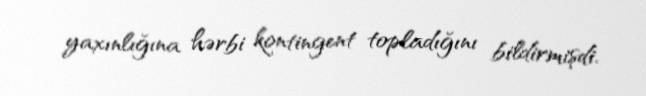
yaxınlığına hərbi kontingent topladığını bildirmişdi.